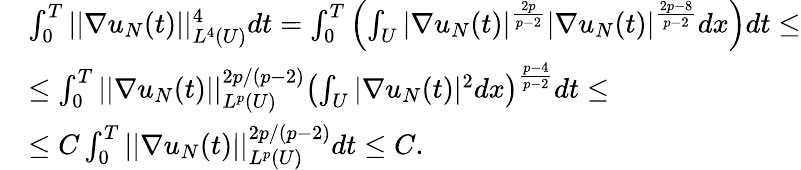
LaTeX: \begin{array}{rl}&{\int_{0}^{T}||\nabla u_{N}(t)||_{L^{4}(U)}^{4}dt=\int_{0}^{T}\left(\int_{U}|\nabla u_{N}(t)|^{\frac{2p}{p-2}}|\nabla u_{N}(t)|^{\frac{2p-8}{p-2}}dx\right)dt\leq}\\ &{\leq\int_{0}^{T}||\nabla u_{N}(t)||_{L^{p}(U)}^{2p/(p-2)}\left(\int_{U}|\nabla u_{N}(t)|^{2}dx\right)^{\frac{p-4}{p-2}}dt\leq}\\ &{\leq C\int_{0}^{T}||\nabla u_{N}(t)||_{L^{p}(U)}^{2p/(p-2)}dt\leq C.}\end{array}